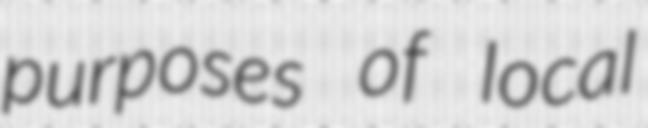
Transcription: purposes of local